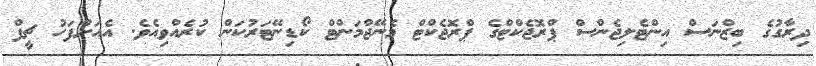
ދިރާގުގެ ބިޒްނަސް އިންޓެލިޖެންސް ޕްރޮޖެކްޓްގެ ޕްރޮޖެކްޓް މެނޭޖްމަންޓް ކޯޑިނޭޓަރުކަން ކުރެއްވިއެވެ. އެއަށްފަހު ޗީފް